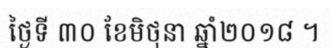
ថ្ងៃទី ៣០ ខែមិថុនា ឆ្នាំ២០១៨ ។